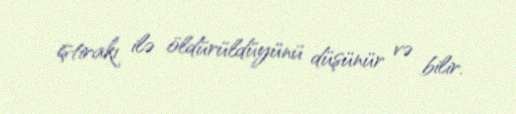
iştirakı ilə öldürüldüyünü düşünür və bilir.